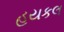
હયકલ